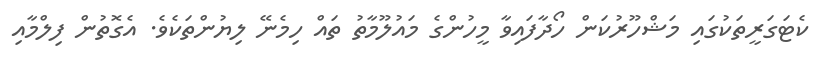
ކެޓަގަރީތަކުގައި މަޝްހޫރުކަން ހޯދާފައިވާ މީހުންގެ މައުލޫމާތު ތައް ހިމެނޭ ލިޔުންތަކެވެ. އެގޮތުން ފިލްމާއި